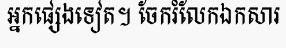
អ្នកផ្សេងទៀត។ ចែករំលែកឯកសារ